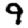
Digit: 9